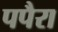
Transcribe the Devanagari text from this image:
पपैरा